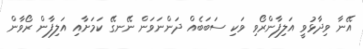
އޭނާ ވިދާޅުވީ އަލިފާންރޯވި ވަކި ސަބަބެއް ދަންނަވަން ނޭނގޭ ކަމަށާއި އަލިފާން ރޯވާން